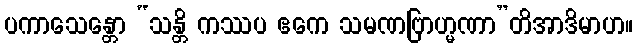
ပကာသေန္တော “သန္တိ ကဿပ ဧကေ သမဏဗြာဟ္မဏာ”တိအာဒိမာဟ။